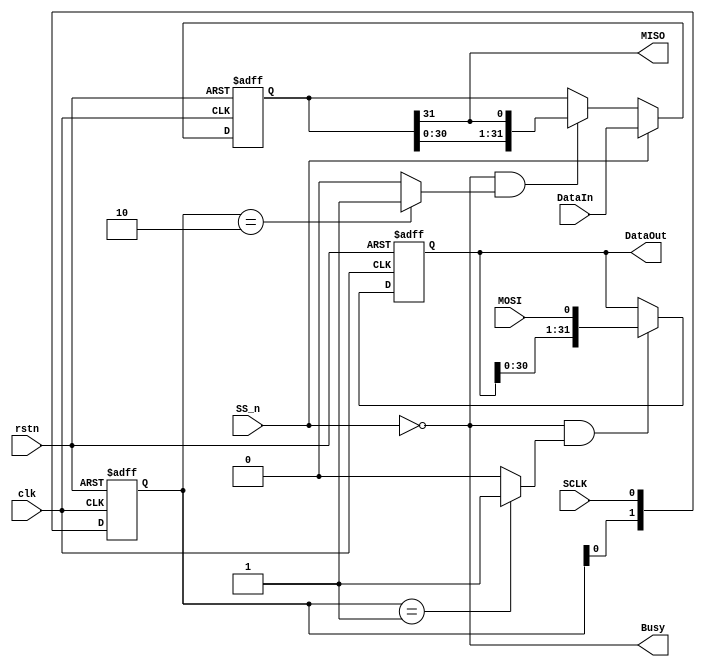
module SlaveSPI
(
input clk,
input rstn,

// input  [7:0]  ClockDiv,
// input         Start,
input  [31:0] DataIn,
output        Busy,
output [31:0] DataOut,

input  SCLK,
input  MOSI,
output MISO,
input  SS_n

);

// clock receiver
reg [1:0] clockDev;
always @(posedge clk or negedge rstn)
	if (!rstn) clockDev <= 2'b00;
	 else clockDev <= {clockDev[0],SCLK};

wire posBit = (clockDev == 2'b01) ? 1'b1 : 1'b0;
wire negBit = (clockDev == 2'b10) ? 1'b1 : 1'b0;


// MOSI receiver	 
reg [31:0] RegMOSI;
always @(posedge clk or negedge rstn) 
	if (!rstn) RegMOSI <= 32'h00000000;
	 else if (!SS_n && posBit) RegMOSI <= {RegMOSI[30:0],MOSI};

// MISO receiver	 
reg [31:0] RegMISO;
always @(posedge clk or negedge rstn) 
	if (!rstn) RegMISO <= 32'h00000000;
	 else if (SS_n) RegMISO <= DataIn;
	 else if (!SS_n && negBit) RegMISO <= {RegMISO[30:0],MISO};

// SPI signals 
assign MISO = RegMISO[31];
// control signal
assign Busy = !SS_n;
assign DataOut = RegMOSI;		
	 
endmodule